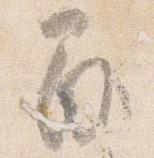
間